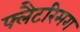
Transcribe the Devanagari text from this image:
फ्लैटरिमग